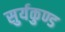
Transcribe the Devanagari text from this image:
सुर्यकुण्ड